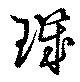
璣